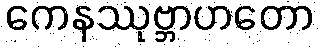
ကေနဿုဗ္ဘာဟတော